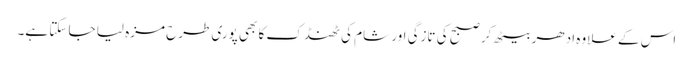
اس کے علاوہ ادھر بیٹھ کر صبح کی تازگی اور شام کی ٹھنڈک کا بھی پوری طرح مزہ لیا جا سکتا ہے۔